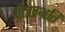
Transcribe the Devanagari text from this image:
पौत्रप्रभ्रति